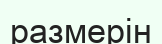
размерін